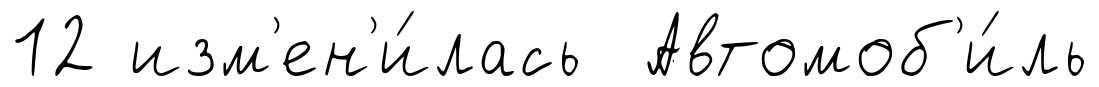
12 изм'ен'и́лась Автомоб'и́ль